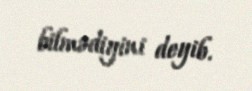
bilmədiyini deyib.